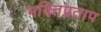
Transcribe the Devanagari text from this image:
भक्तिप्रताप